Vaccine operations Central Provinces 1868-1885 - 1868-1885
Year: 1868
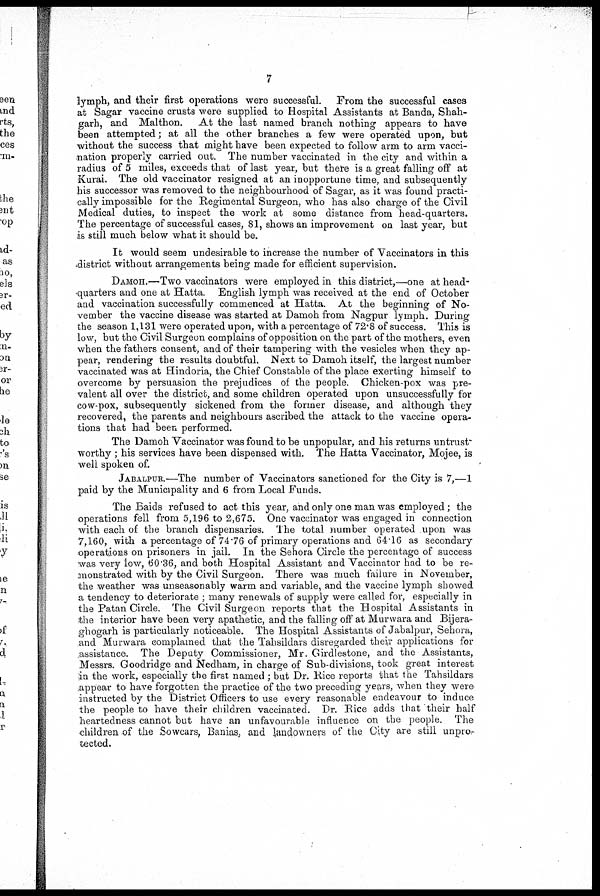
7
lymph, and their first operations were successful. From the successful cases
at Sagar vaccine crusts were supplied to Hospital Assistants at Banda, Shah-
garh, and Malthon. At the last named branch nothing appears to have
been attempted; at all the other branches a few were operated upon, but
without the success that might have been expected to follow arm to arm vacci-
nation properly carried out. The number vaccinated in the city and within a
radius of 5 miles, exceeds that of last year, but there is a great falling off at
Kurai. The old vaccinator resigned at an inopportune time, and subsequently
his successor was removed to the neighbourhood of Sagar, as it was found practi-
cally impossible for the Regimental Surgeon, who has also charge of the Civil
Medical duties, to inspect the work at some distance from head-quarters.
The percentage of successful cases, 81, shows an improvement on last year, but
is still much below what it should be.
It would seem undesirable to increase the number of Vaccinators in this
district without arrangements being made for efficient supervision.
DAMOH.—Two vaccinators were employed in this district,—one at head-
quarters and one at Hatta. English lymph was received at the end of October
and vaccination successfully commenced at Hatta. At the beginning of No-
vember the vaccine disease was started at Damoh from Nagpur lymph. During
the season 1,131 were operated upon, with a percentage of 72.8 of success. This is
low, but the Civil Surgeon complains of opposition on the part of the mothers, even
when the fathers consent, and of their tampering with the vesicles when they ap-
pear, rendering the results doubtful. Next to Damoh itself, the largest number
vaccinated was at Hindoria, the Chief Constable of the place exerting himself to
overcome by persuasion the prejudices of the people. Chicken-pox was pre-
valent all over the district, and some children operated upon unsuccessfully for
cow-pox, subsequently sickened from the former disease, and although they
recovered, the parents and neighbours ascribed the attack to the vaccine opera-
tions that had been performed.
The Damoh Vaccinator was found to be unpopular, and his returns untrust
worthy ; his services have been dispensed with. The Hatta Vaccinator, Mojee, is
well spoken of.
JABALPUR.—The number of Vaccinators sanctioned for the City is 7,—1
paid by the Municipality and 6 from Local Funds.
The Baids refused to act this year, and only one man was employed; the
operations fell from 5,196 to 2,675. One vaccinator was engaged in connection
with each of the branch dispensaries. The total number operated upon was
7,160, with a percentage of 74.76 of primary operations and 64.16 as secondary
operations on prisoners in jail. In the Sehora Circle the percentage of success
was very low, 60.36, and both Hospital Assistant and Vaccinator had to be re-
monstrated with by the Civil Surgeon. There was much failure in November,
the weather was unseasonably warm and variable, and the vaccine lymph showed
a tendency to deteriorate ; many renewals of supply were called for, especially in
the Patan Circle. The Civil Surgeon reports that the Hospital Assistants in
the interior have been very apathetic, and the falling off at Murwara and Bijera-
ghogarh is particularly noticeable. The Hospital Assistants of Jabalpur, Sehora,
and Murwara complained that the Tahsildars disregarded their applications for
assistance. The Deputy Commissioner, Mr. Girdlestone, and the Assistants,
Messrs. Goodridge and Nedham, in charge of Sub-divisions, took great interest
in the work, especially the first named ; but Dr. Rice reports that the Tahsildars
appear to have forgotten the practice of the two preceding years, when they were
instructed by the District Officers to use every reasonable endeavour to induce
the people to have their children vaccinated. Dr. Rice adds that their half
heartedness cannot but have an unfavourable influence on the people. The
children of the Sowcars, Banias, and landowners of the City are still unpro-
tected.